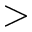
>